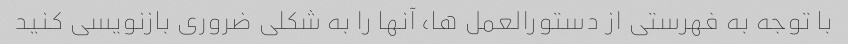
با توجه به فهرستی از دستورالعمل ها، آنها را به شکلی ضروری بازنویسی کنید